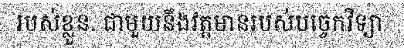
របស់ខ្លួន. ជាមួយនឹងវត្តមានរបស់បច្ចេកវិទ្យា